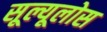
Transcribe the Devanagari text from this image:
सूल्यूलोस